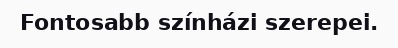
Fontosabb színházi szerepei.